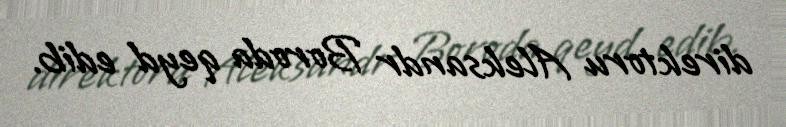
direktoru Aleksandr Boroda qeyd edib.